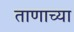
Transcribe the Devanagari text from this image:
ताणाच्या